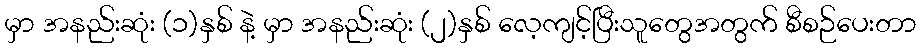
မှာ အနည်းဆုံး (၁)နှစ် နဲ့ မှာ အနည်းဆုံး (၂)နှစ် လေ့ကျင့်ပြီးသူတွေအတွက် စီစဉ်ပေးတာ